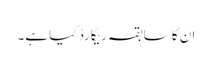
ان کا سابقہ ریکارڈ کیا ہے۔